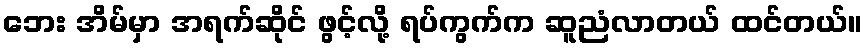
ဘေး အိမ်မှာ အရက်ဆိုင် ဖွင့်လို့ ရပ်ကွက်က ဆူညံလာတယ် ထင်တယ်။